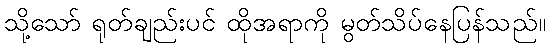
သို့သော် ရုတ်ချည်းပင် ထိုအရာကို မွတ်သိပ်နေပြန်သည်။